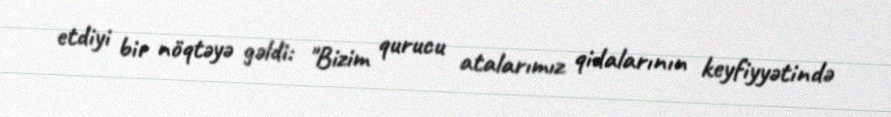
etdiyi bir nöqtəyə gəldi: "Bizim qurucu atalarımız qidalarının keyfiyyətində